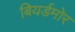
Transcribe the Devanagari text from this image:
बियर्डमोर